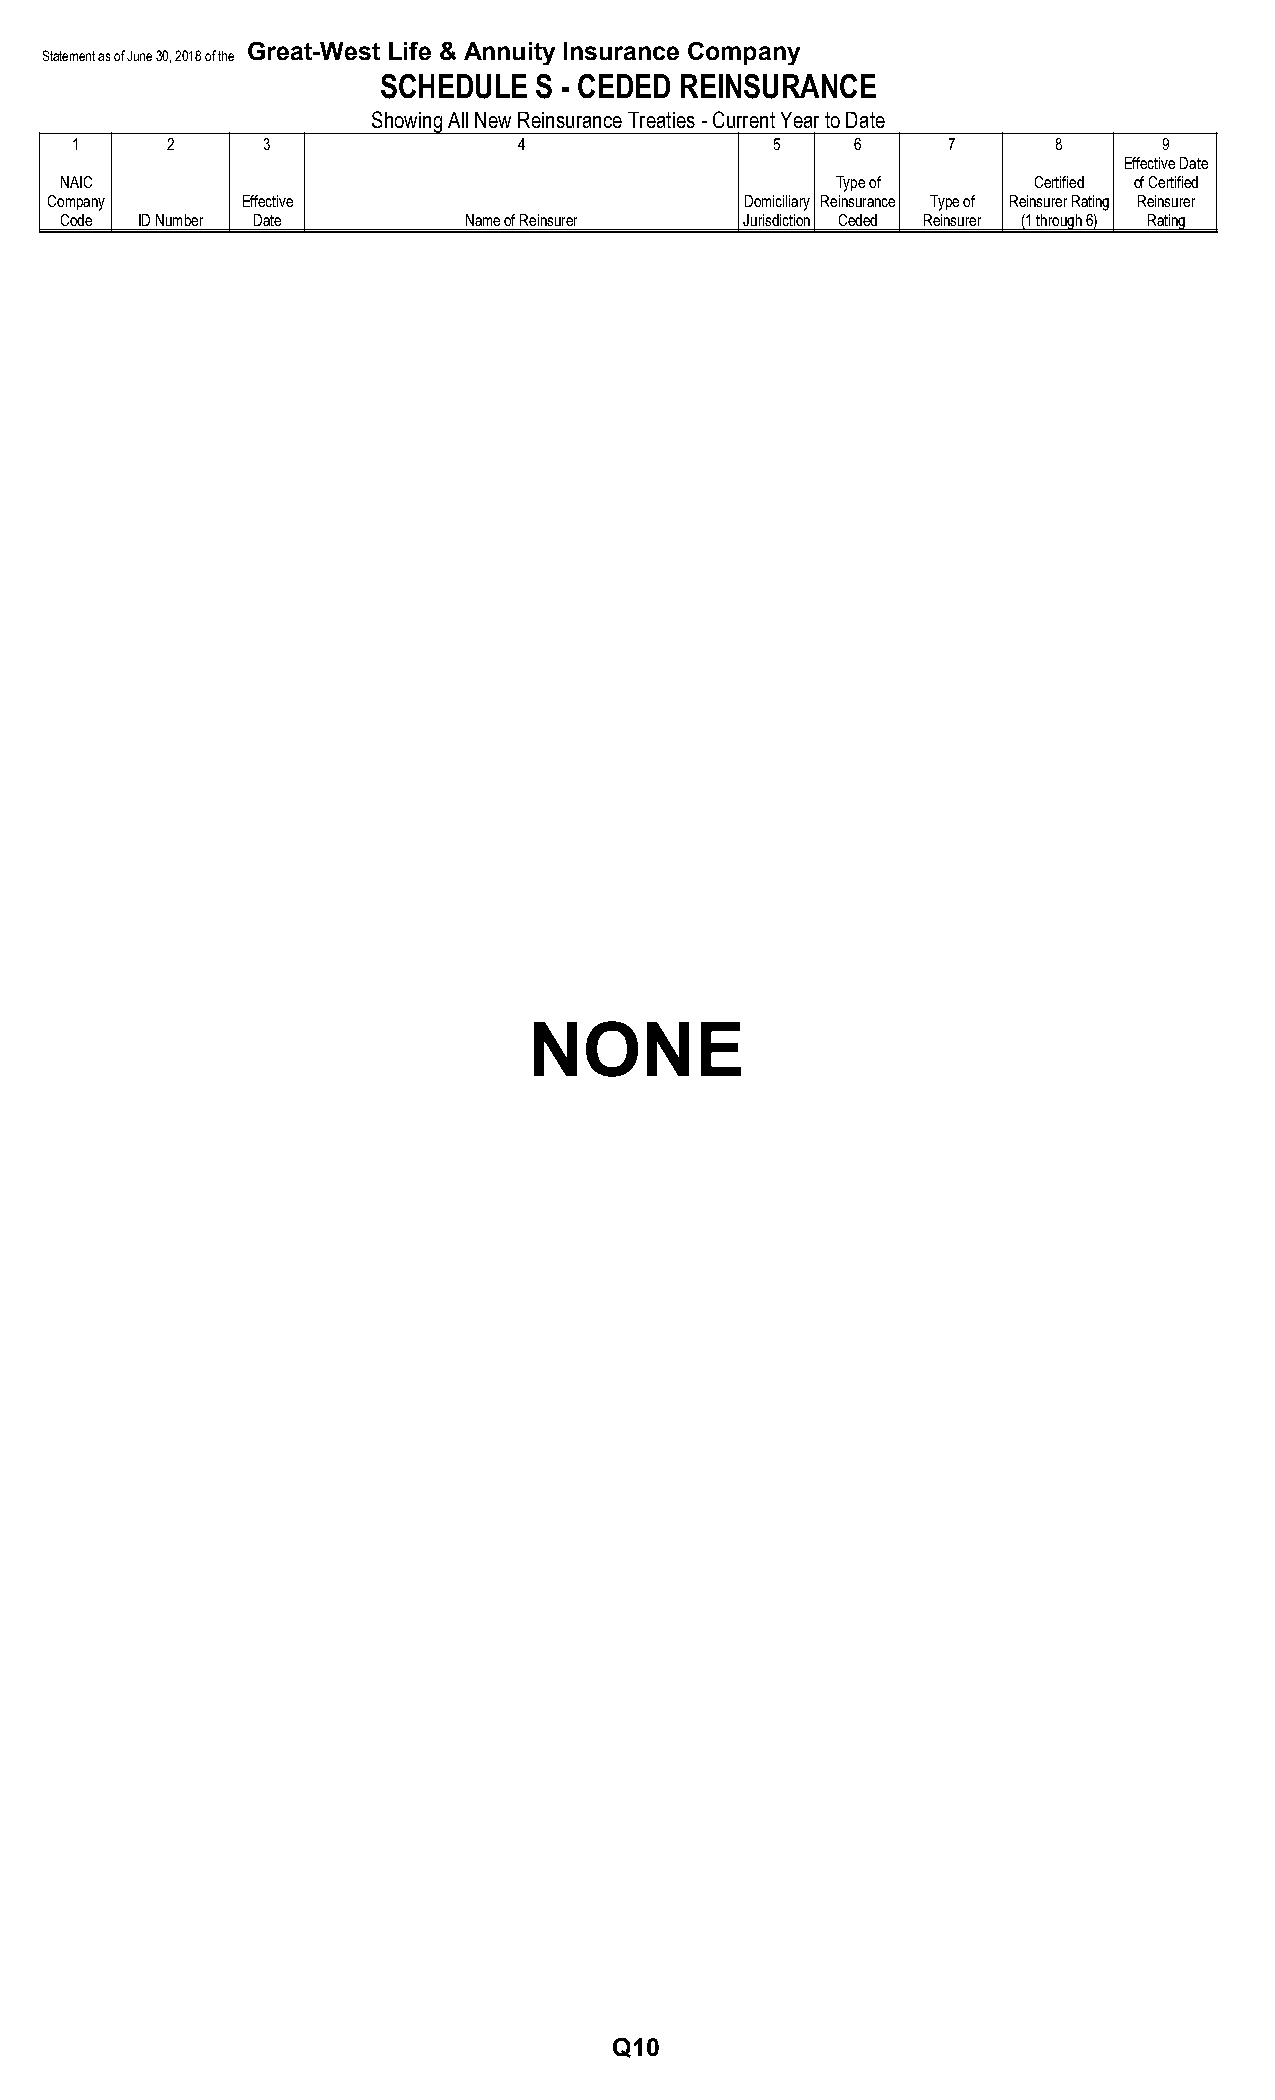
Great-West Life & Annuity Insurance Company
 Statement as of June 30, 2018 of the
 SCHEDULE  S - CEDED REINSURANCE
 Showing All New Reinsurance Treaties - Current Year to Date
 1     2     3                4                5     6     7      8      9
 Effective Date
 NAIC                                               Type of      Certified of Certified
 Company      Effective                        Domiciliary Reinsurance Type of Reinsurer Rating Reinsurer
 Code ID Number Date        Name of Reinsurer Jurisdiction Ceded Reinsurer (1 through 6) Rating
 NONE
 Q10